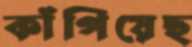
কাঁপিয়েছ